system: You are a helpful assistant.
user:
Analyze the provided spectrum to determine if it is a **Carbon Star (C-type)**.

- **Key Visual Indicators of Carbon Star:**
    - **(Primary):** Strong molecular absorption from **C₂ (diatomic carbon) "Swan Bands."** This is the **defining feature** of a carbon star.
        - **(Key Bandheads):** Sharp absorption edges are visible at approximately $5635$ Å, $5165$ Å (the strongest band), and $4737$ Å.
        - **(Line Profile):** Creates a distinct **"saw-tooth"** pattern. The key morphology is a sharp, steep bandhead on the **red (long-wavelength) side**, which then gradually tapers off (i.e., flux recovers) towards the **blue (short-wavelength) side**. *(This is the direct opposite of the TiO bands seen in M-type stars)*.

    - **(Secondary):** Intense **CN (cyanogen)** molecular absorption bands.
        - **(Key Bandheads):** Located in the blue and violet regions of the spectrum (e.g., near $4215$ Å and $3883$ Å).
        - **(Morphology):** These bands are extremely broad and act as a "blanket," absorbing the vast majority of blue and violet light. This creates a characteristic **"cliff"** or **"steep drop-off"** in the spectrum's flux at short wavelengths.

    - **(Key Confirmation):** Strong **CH absorption band (G-band)**.
        - **(Key Bandhead):** Located around $4300$ Å. The contribution from CH molecules to this band is exceptionally strong.

    - **(Overall Spectrum):**
        - The continuum is severely "chopped up" by these deep molecular bands, especially C₂, rather than appearing as a smooth curve.
        - Due to the heavy CN and C₂ absorption in the blue-green, the vast majority of the star's flux is concentrated in the red part of the spectrum, giving the star its characteristic deep red color.

Think first, call **spectral_visualization_tool** if needed to examine features in detail, then provide your final answer. Your response must adhere to the following strict rules:
1.  **Overall Structure:** Your response must follow the format `<think>...</think> <tool_call>...</tool_call> (if a tool is used) <answer>...</answer>`.
2.  **Tool Usage Constraint:** You may only make **one** tool call per turn.
3.  **Final Answer Format:** In the `<answer>` tag, your conclusion must be inside a `\boxed{}` command (e.g., `\boxed{YES}`), followed by your justification.

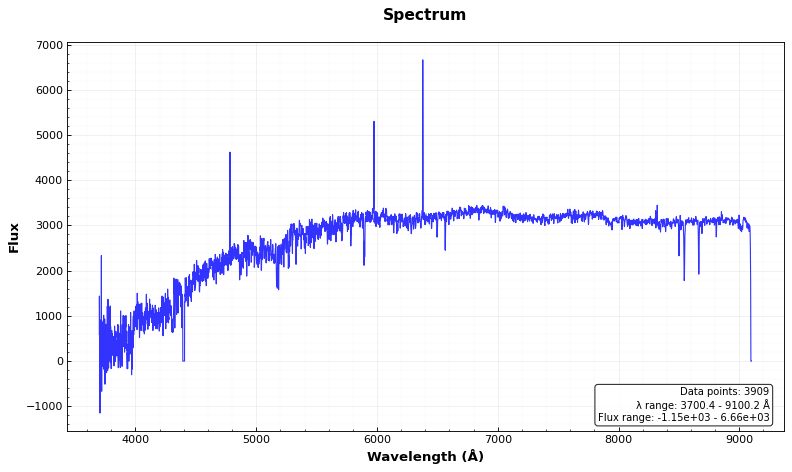
Answer: NO